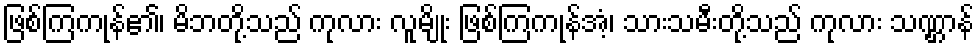
ဖြစ်ကြကုန်၏၊ မိဘတို့သည် ကုလား လူမျိုး ဖြစ်ကြကုန်အံ့၊ သားသမီးတို့သည် ကုလား သဏ္ဌာန်